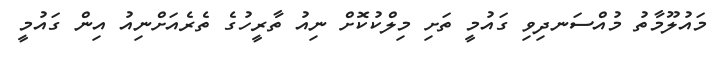
މައުލޫމާތު މުއްސަނދިވި ގައުމީ ތަށި މިލްކުކޮށް ނިއު ތާރީހުގެ ތެރެއަށްނިއު އިން ގައުމީ